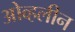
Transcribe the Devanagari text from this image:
ओव्हलीन